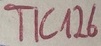
Text: TIC126